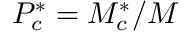
P _ { c } ^ { * } = { M } _ { c } ^ { * } / { M } _ { }